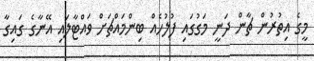
މީގެ އިތުރުން ޗާން ދަނީ މަގުގައި ފުލުހެއް ބިންމައްޗަށް ވައްޓާލައި އޭނާގެ ގައިގާ